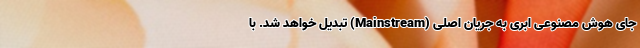
جای هوش مصنوعی ابری به جریان اصلی (Mainstream) تبدیل خواهد شد. با